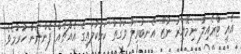
އެއީ ޓްރެއިލާ ނިމޭއިރު ނުޒޫ އެނބުރިލާ ވަގުތު ކަޅުކުލައިގެ އެއްޗެއް ފެންނަން ހުރުމެވެ.